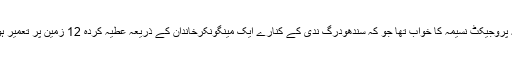
یہ پروجیکٹ نسیمہ کا خواب تھا جو کہ سندھودرگ ندی کے کنارے ایک مینگونکرخاندان کے ذریعہ عطیہ کردہ 12 زمین پر تعمیر ہوا۔